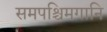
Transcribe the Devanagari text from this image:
समपश्चिमगानि